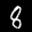
Label: 8